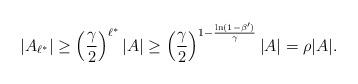
LaTeX: \begin{align*}|A_{\ell^*}| \geq \left( \frac \gamma2 \right) ^{\ell^*} |A| \geq \left( \frac \gamma 2 \right) ^{1-\frac{\ln (1-\beta')}{\gamma}}|A|=\rho |A|.\end{align*}